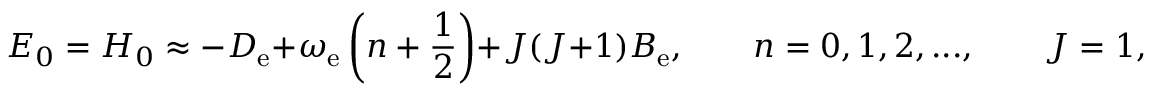
E _ { 0 } = { \cal H } _ { 0 } \approx - D _ { \mathrm { e } } + \omega _ { \mathrm { e } } \left( n + \frac { 1 } { 2 } \right) + J ( J + 1 ) B _ { \mathrm { e } } , \qquad n = 0 , 1 , 2 , . . . , \qquad J = 1 , 2 , . . . ,